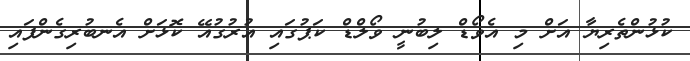
ކުޅުންތެރިޔާ އަށް މި އެވޯޑް ލިބުނީ ވޯލްޑް ކަޕުގައި އުރުގުއޭ ކޮޅަށް އެނބުރިގެންފައި